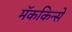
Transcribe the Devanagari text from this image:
मॅककिन्से